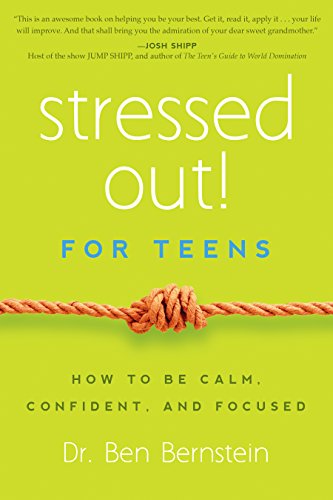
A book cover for Stressed Out! For Teens: How to Be Calm, Confident & Focused; Ben Bernstein; Teen & Young Adult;